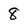
Character: 8